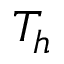
T _ { h }